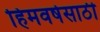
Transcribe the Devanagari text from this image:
हिमवर्षेसाठी